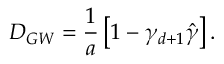
D _ { G W } = { \frac { 1 } { a } } \left[ 1 - \gamma _ { d + 1 } \hat { \gamma } \right] .